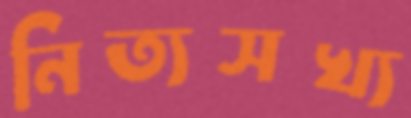
নিত্যসখ্য